Annual report on the working of the lock hospitals in the North-Western Provinces and Oudh
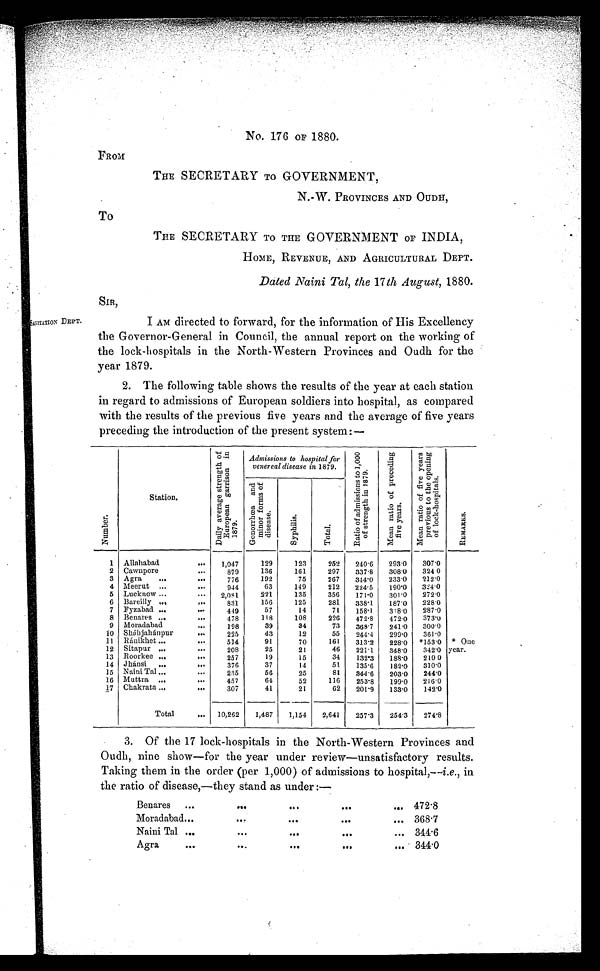
No. 176 OF 1880.
SANITATION DEPT.
FROM
THE SECRETARY TO GOVERNMENT,
N.-W. PROVINCES AND OUDH,
To
THE SECRETARY TO THE GOVERNMENT OF INDIA,
HOME, REVENUE, AND AGRICULTURAL DEPT.
Dated Naini Tal, the 17 th August, 1880.
SIR,
I AM directed to forward, for the information of His Excellency
the Governor-General in Council, the annual report on the working of
the lock-hospitals in the North-Western Provinces and Oudh for the
year 1879.
2. The following table shows the results of the year at each station
in regard to admissions of European soldiers into hospital, as compared
with the results of the previous five years and the average of five years
preceding the introduction of the present system:—
N u m b e r .
Station.
D a i l y a v e r a g e s t r e n g t h o f E u r o p e a n g a r r r i s o n i n 1 8 7 9 .
Admissions to hospital for
venereal disease in 1879.
R a t i o o f a d m i s s i o n s t o 1 , 0 0 0 o f s t r e n g t h i n 1 8 7 9 .
M e a n r a t i o n o f p r e c e d i n g f i v e y e a r s .
M e a n r a t i o n o f f i v e y e a r s p r e i o u s t o t h e o p e i n i n g o f l o c k - h o s p i t a l s .
R E M A R K S .
G o n o r r h œ a a n d m i n o r f o r m s o f d i s e a s e .
S y p h i l i s .
T o t a l .
1 Allahabad
... 1,047
129
123
252 240.6 293.0 307.0
2 Cawnpore
...
879
136
161
297 337.8 308.0 324.0
3 Agra ...
...
776
192
75
267 344.0 233.0 212.0
4 Meerut ...
. . .
944
63
149
212 224.5 190.0 324.0
5 Lucknow ...
. . . 2,081
221
135
356 171.0 301.0 272.0
6 Bareilly ...
. . .
831
156
125
281 338.1 187.0 228.0
7 Fyzabad . . .
. . .
449
57
14
71 158.1 318.0 287.0
8 Benares ...
...
478
118
108
226 472.8 472.0 373.0
9 Moradabad
...
198
39
34
73 368.7 241.0 300.0
10 Sháhjahánpur
...
225
43
12
55 244.4 299.0 361.0
11 Ránikhet ...
...
514
91
70
161 313.2 228.0 *153.0 * One
year.
12 Sitapur ...
•••
208
25
21
46 221.1 348.0 342.0
13 Roorkee ...
...
257
19
15
34 132.3 188.0 210.0
14 Jhánsi . . .
. . .
376
37
14
51 135.6 182.0 310.0
15 Naini Tal ...
•••
235
56
25
81 344.6 203.0 244.0
16 Muttra ...
...
457
64
52
116 253.8 199.0 216.0
17 Chakrata ... • • •
307
41
21
62 201.9 133.0 142.0
Total
... 10,262 1,487 1,154 2,641 257.3 254.3 274.8
3. Of the 17 lock-hospitals in the North-Western Provinces and
Oudh, nine show-for the year under review—unsatisfactory results.
Taking them in the order (per 1,000) of admissions to hospital,— i.e., in
the ratio of disease,-they stand as under:—
Benares . . .
. . .
. . .
. . .
... 472.8
Moradabad...
...
. . .
. . .
. . .
. . . 368.7
Naini Tal ...
. . .
. . .
. . .
. . . 344.6
Agra
•••
...
...
. . .
. . . 344.0